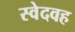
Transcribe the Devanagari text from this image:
स्वेदवह